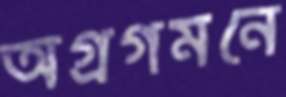
অগ্রগমনে